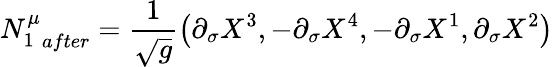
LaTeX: {N_{1}^{\mu}}_{after}=\frac 1{\sqrt{g}}\big(\partial_{\sigma}X^{3},-\partial_{\sigma}X^{4},-\partial_{\sigma}X^{1},\partial_{\sigma}X^{2}\big)